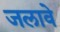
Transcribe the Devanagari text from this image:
जलावे